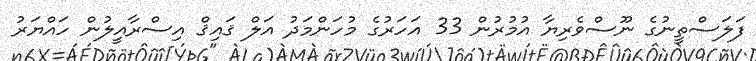
ފަލަސްތީނުގެ ނޫސްވެރިޔާ އުމުރުން 33 އަހަރުގެ މުހަންމަދު އަލް ޤައިޤް އިސްރާއީލުން ހައްޔަރު